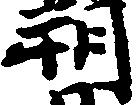
朔